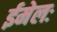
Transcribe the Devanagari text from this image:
ईमेलः